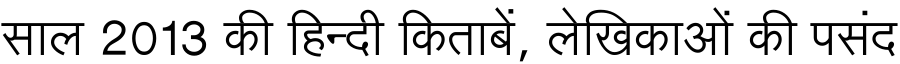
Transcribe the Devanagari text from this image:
साल 2013 की हिन्दी किताबें, लेखिकाओं की पसंद